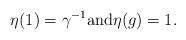
\begin{align*} \eta(1) = \gamma^{-1} \mbox{and} \eta(g) = 1.\end{align*}